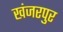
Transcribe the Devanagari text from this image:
खंजरपुर